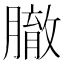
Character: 𦠣